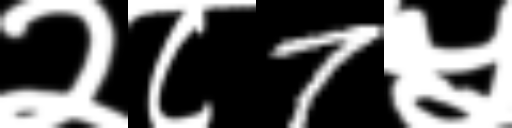
Text: २८7५